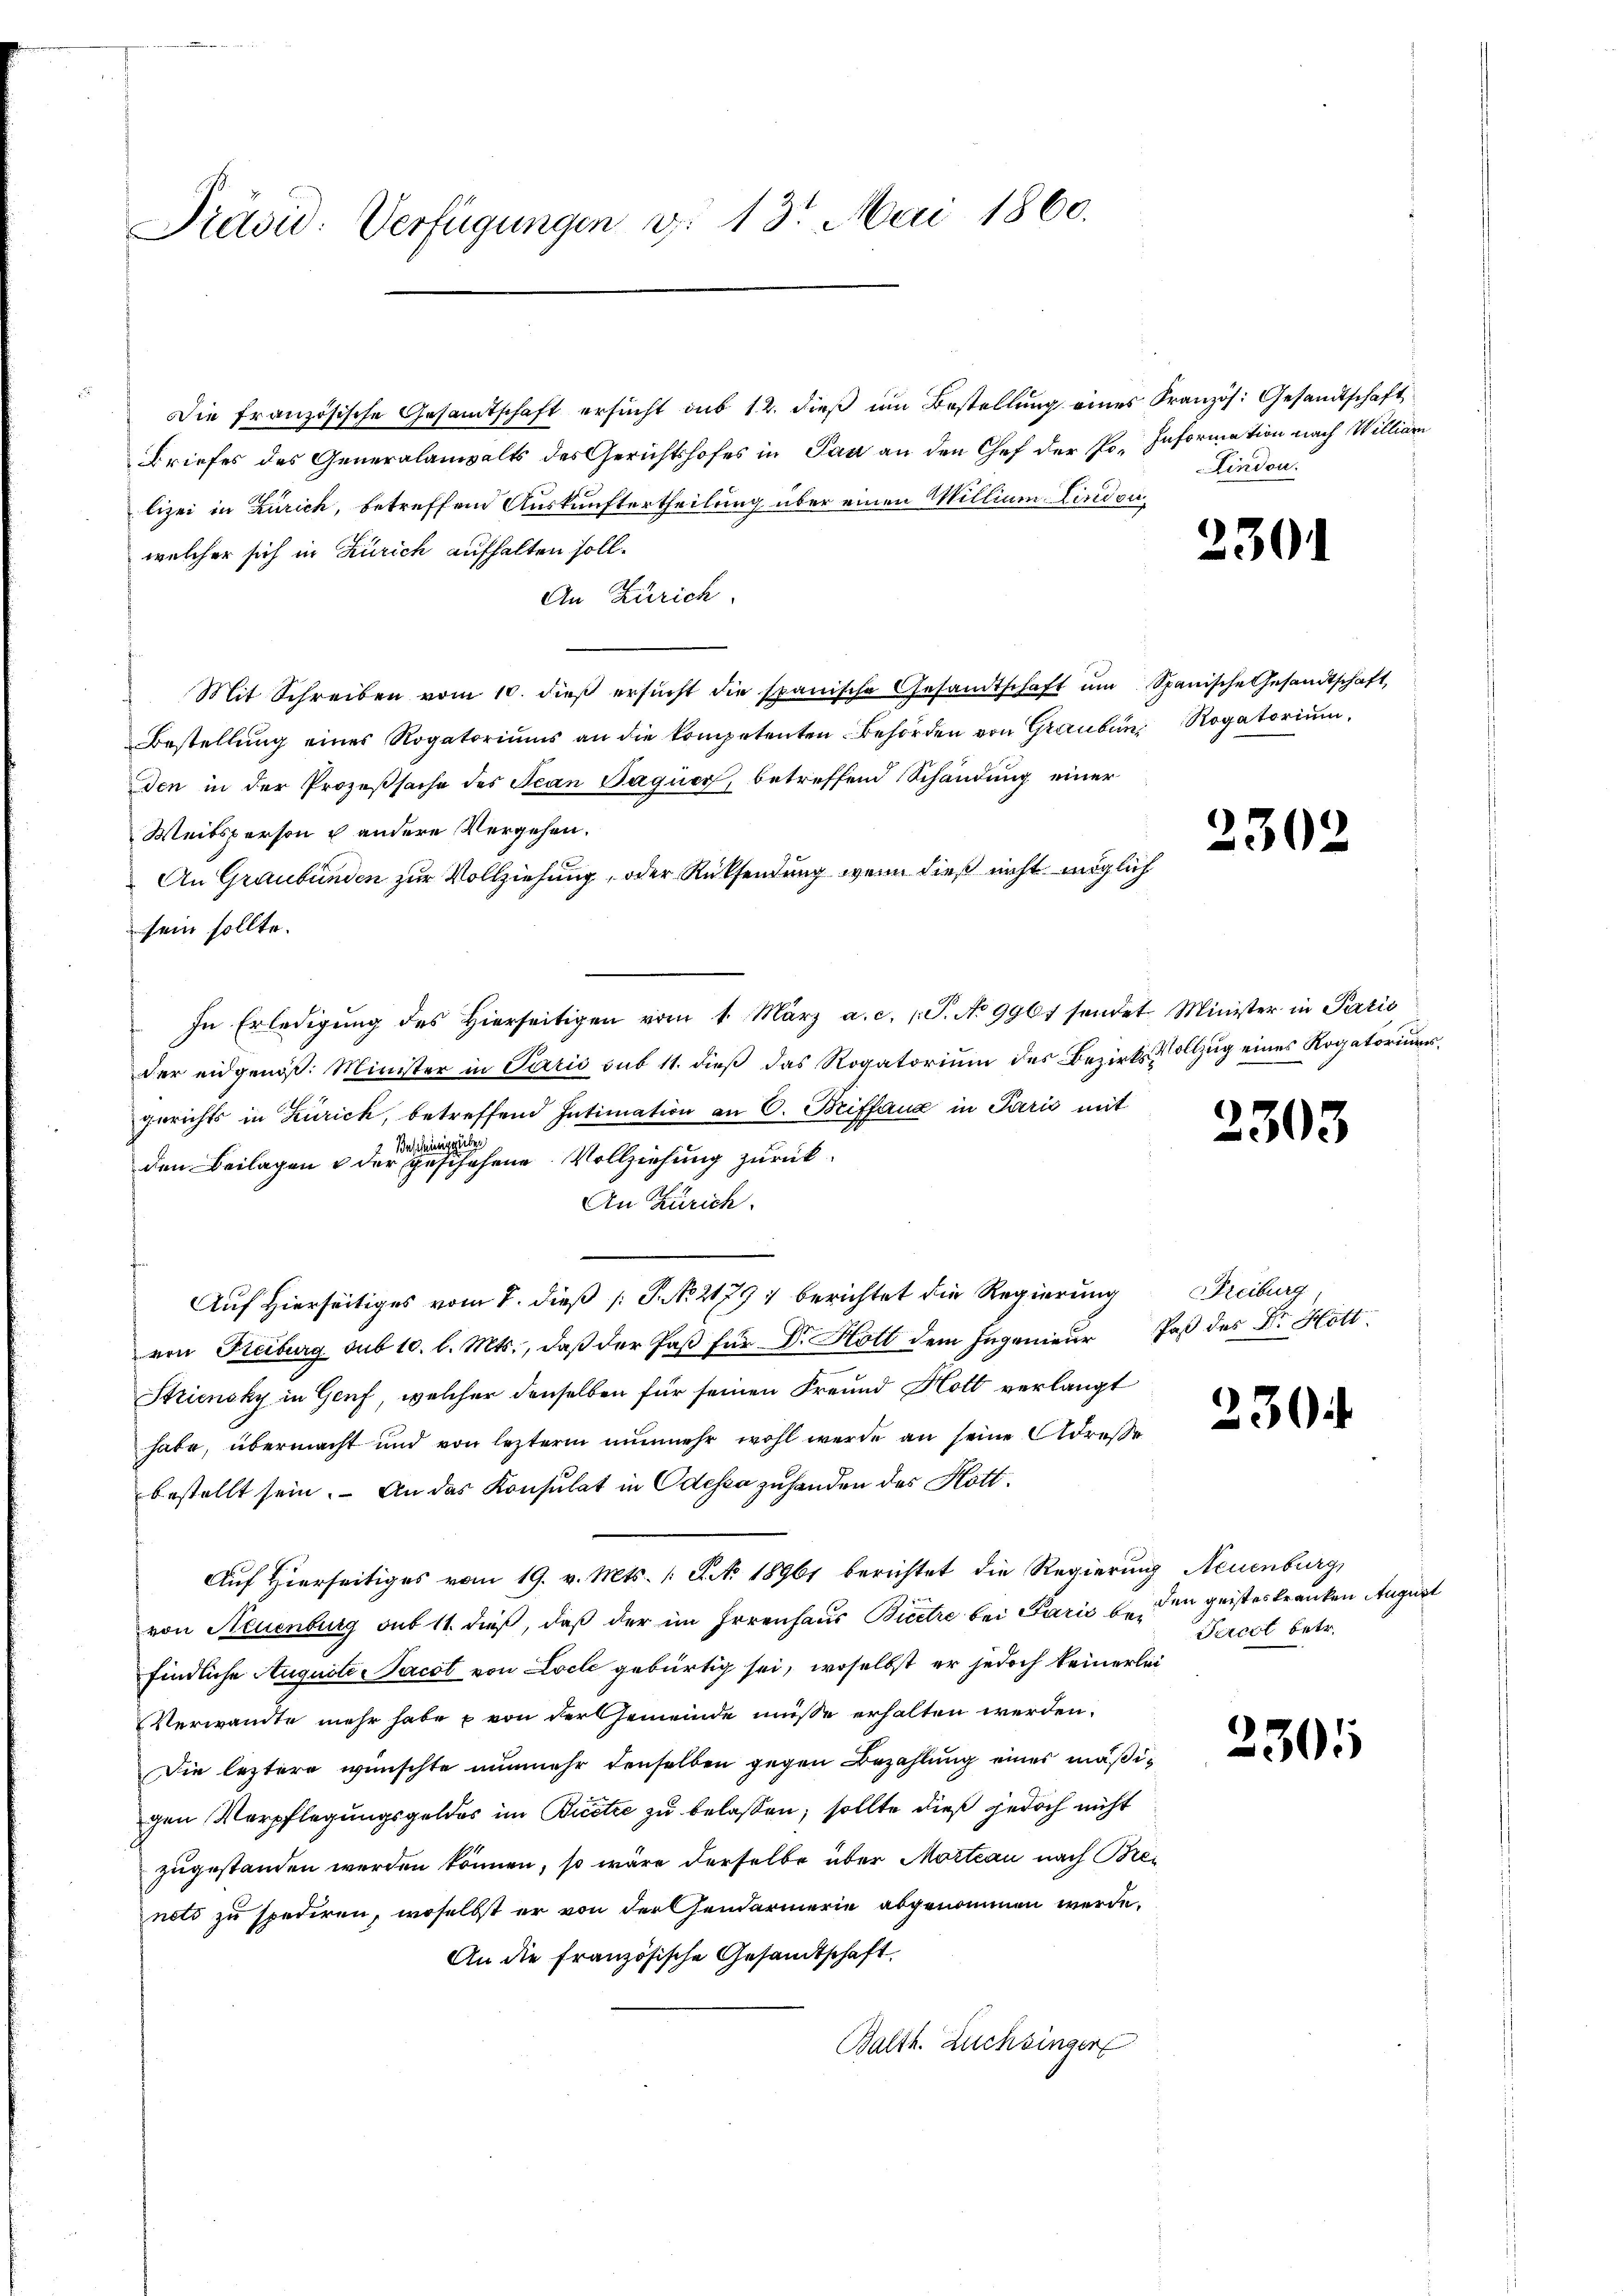
Präsid. Verfügungen d. 13. Mai 1860.

Die französische Gesandtschaft ersucht sub 12. dieß im Bestellung eines Französ. Gesandtschaft
Briefes des Generalanwalts des Gerichtshofes in Pan an den Chef der Po. Information nach Williar
lizei in Zürich, betreffend Auskunftertheilung über einen Millium Lindon,
welcher sich in Zürich aufhalten soll.
An Zürich
Mit Schreiben vom 10. dieβ ersŭcht die spanische Gesandtschaft ŭm Spanische Gesandtschaft,
Bestellŭng eines Rogatoriŭms an die kompetenten Behörden von Grauben Rogatorium,
den in der Prozeßsache des Jean Paquer, betreffend Schändung einer
Weibsperson u andere Vergehen.
An Graubünden zur Vollziehung, oder Rücksendung wenn dieß nicht möglich
sein sollte.
In Erledigŭng des hierseitigen vom 1. März a. c. 1 S. No 996 sendet Minister in Pazić
der eidgenöß: Minister in Paris sub 11. dieß das Rogatorium des Bezirksvollzug eines Rogatoriums.
1
gerichts in Zürich, betreffend Intimation an C. Briffaug in Paris mit
gibe
Beschens
den Beilagen & der geschehene Vollziehung zurück.
An Zürich.
Auf Hierseitiges vom 7. dieß [ P. No 21791 berichtet die Regierung Freiburg
von Freiburg sub 10. l. Mts., daβ der Paβ für Dr. Holt dem Ingenieŭr Paß des Dr. Hott
Striensky in Genf, welcher denselben für seinen Freund Hott verlangt
habe, übermacht und von lezterm nŭnmehr wohl werde an seine Adresse
bestellt sein. An das Konsulat in Odessa zuhanden des Hott
Auf Hierseitiges vom 19. v. Mts. 1 S. No 18961 berichtet die Regierung Neuenburg,
von Neuenburg sub 11. dieß, daß der im Irrenhaus Biere bei Paris beden geisteskranken August
findliche Auguste-Pacot von Loch gebürtig sei, woselbst er jedoch keinerlei¬
Verwandte mehr habe von der Gemeinde müsse erhalten werden.
Die leztere wünschte nunmehr denselben gegen Bezahlung eines mäßigen Verpflegungsgeldes im Biete zu belassen, sollte dieß jedoch nicht
zugestanden werden können, so wäre derselbe über Morteau nach Brenets zu spediren, woselbst er von der Gendarmerie abgenommen werde.
An die französische Gesandtschaft.
Balth. Luchsinger

Lindon.

2301

2302

2303

230.

Percol betr.

2301